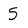
Character: 5